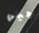
جيمي